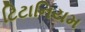
ટિટાનિયમ